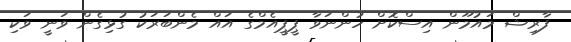
ފާރިޝް މައުމޫން އިސްކޮށް ހުންނަވާ ޕީޕީއެމްގެ އައް މެންބަރަކު ގުޅިގެން ވަނީ ވަކި